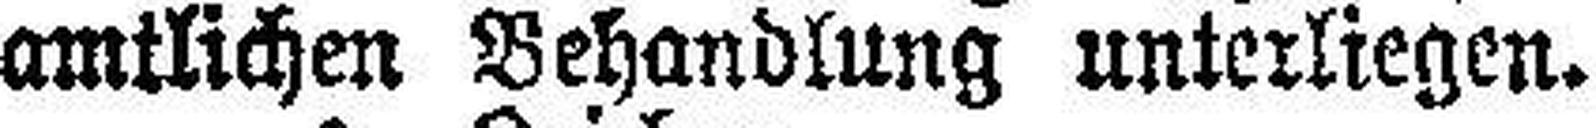
amtlichen Behandlung unterliegen.